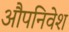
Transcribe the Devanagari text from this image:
औपनिवेश